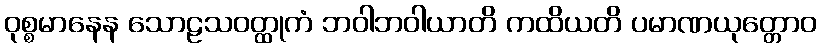
ဝုစ္စမာနေန သောဠသဝတ္ထုကံ ဘဝါဘဝါယာတိ ကထိယတိ ပမာဏယုတ္တောဝ